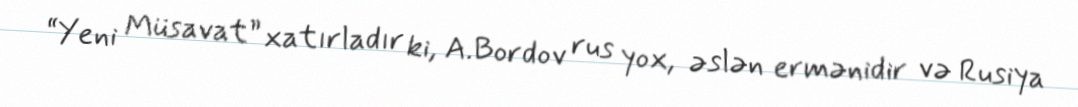
“Yeni Müsavat” xatırladır ki, A.Bordov rus yox, əslən ermənidir və Rusiya